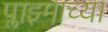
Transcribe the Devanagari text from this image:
प्लाझ्माच्या